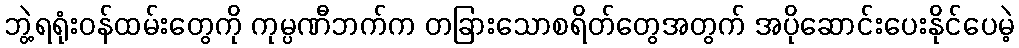
ဘွဲ့ရရုံးဝန်ထမ်းတွေကို ကုမ္ပဏီဘက်က တခြားသောစရိတ်တွေအတွက် အပိုဆောင်းပေးနိုင်ပေမဲ့